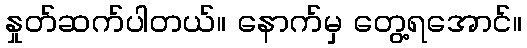
နှုတ်ဆက်ပါတယ်။ နောက်မှ တွေ့ရအောင်။